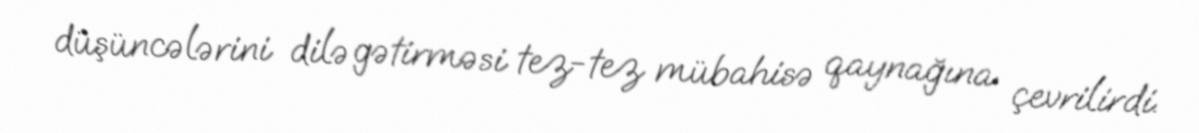
düşüncələrini dilə gətirməsi tez-tez mübahisə qaynağına çevrilirdi.